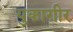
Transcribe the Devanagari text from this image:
युकाग़ीर